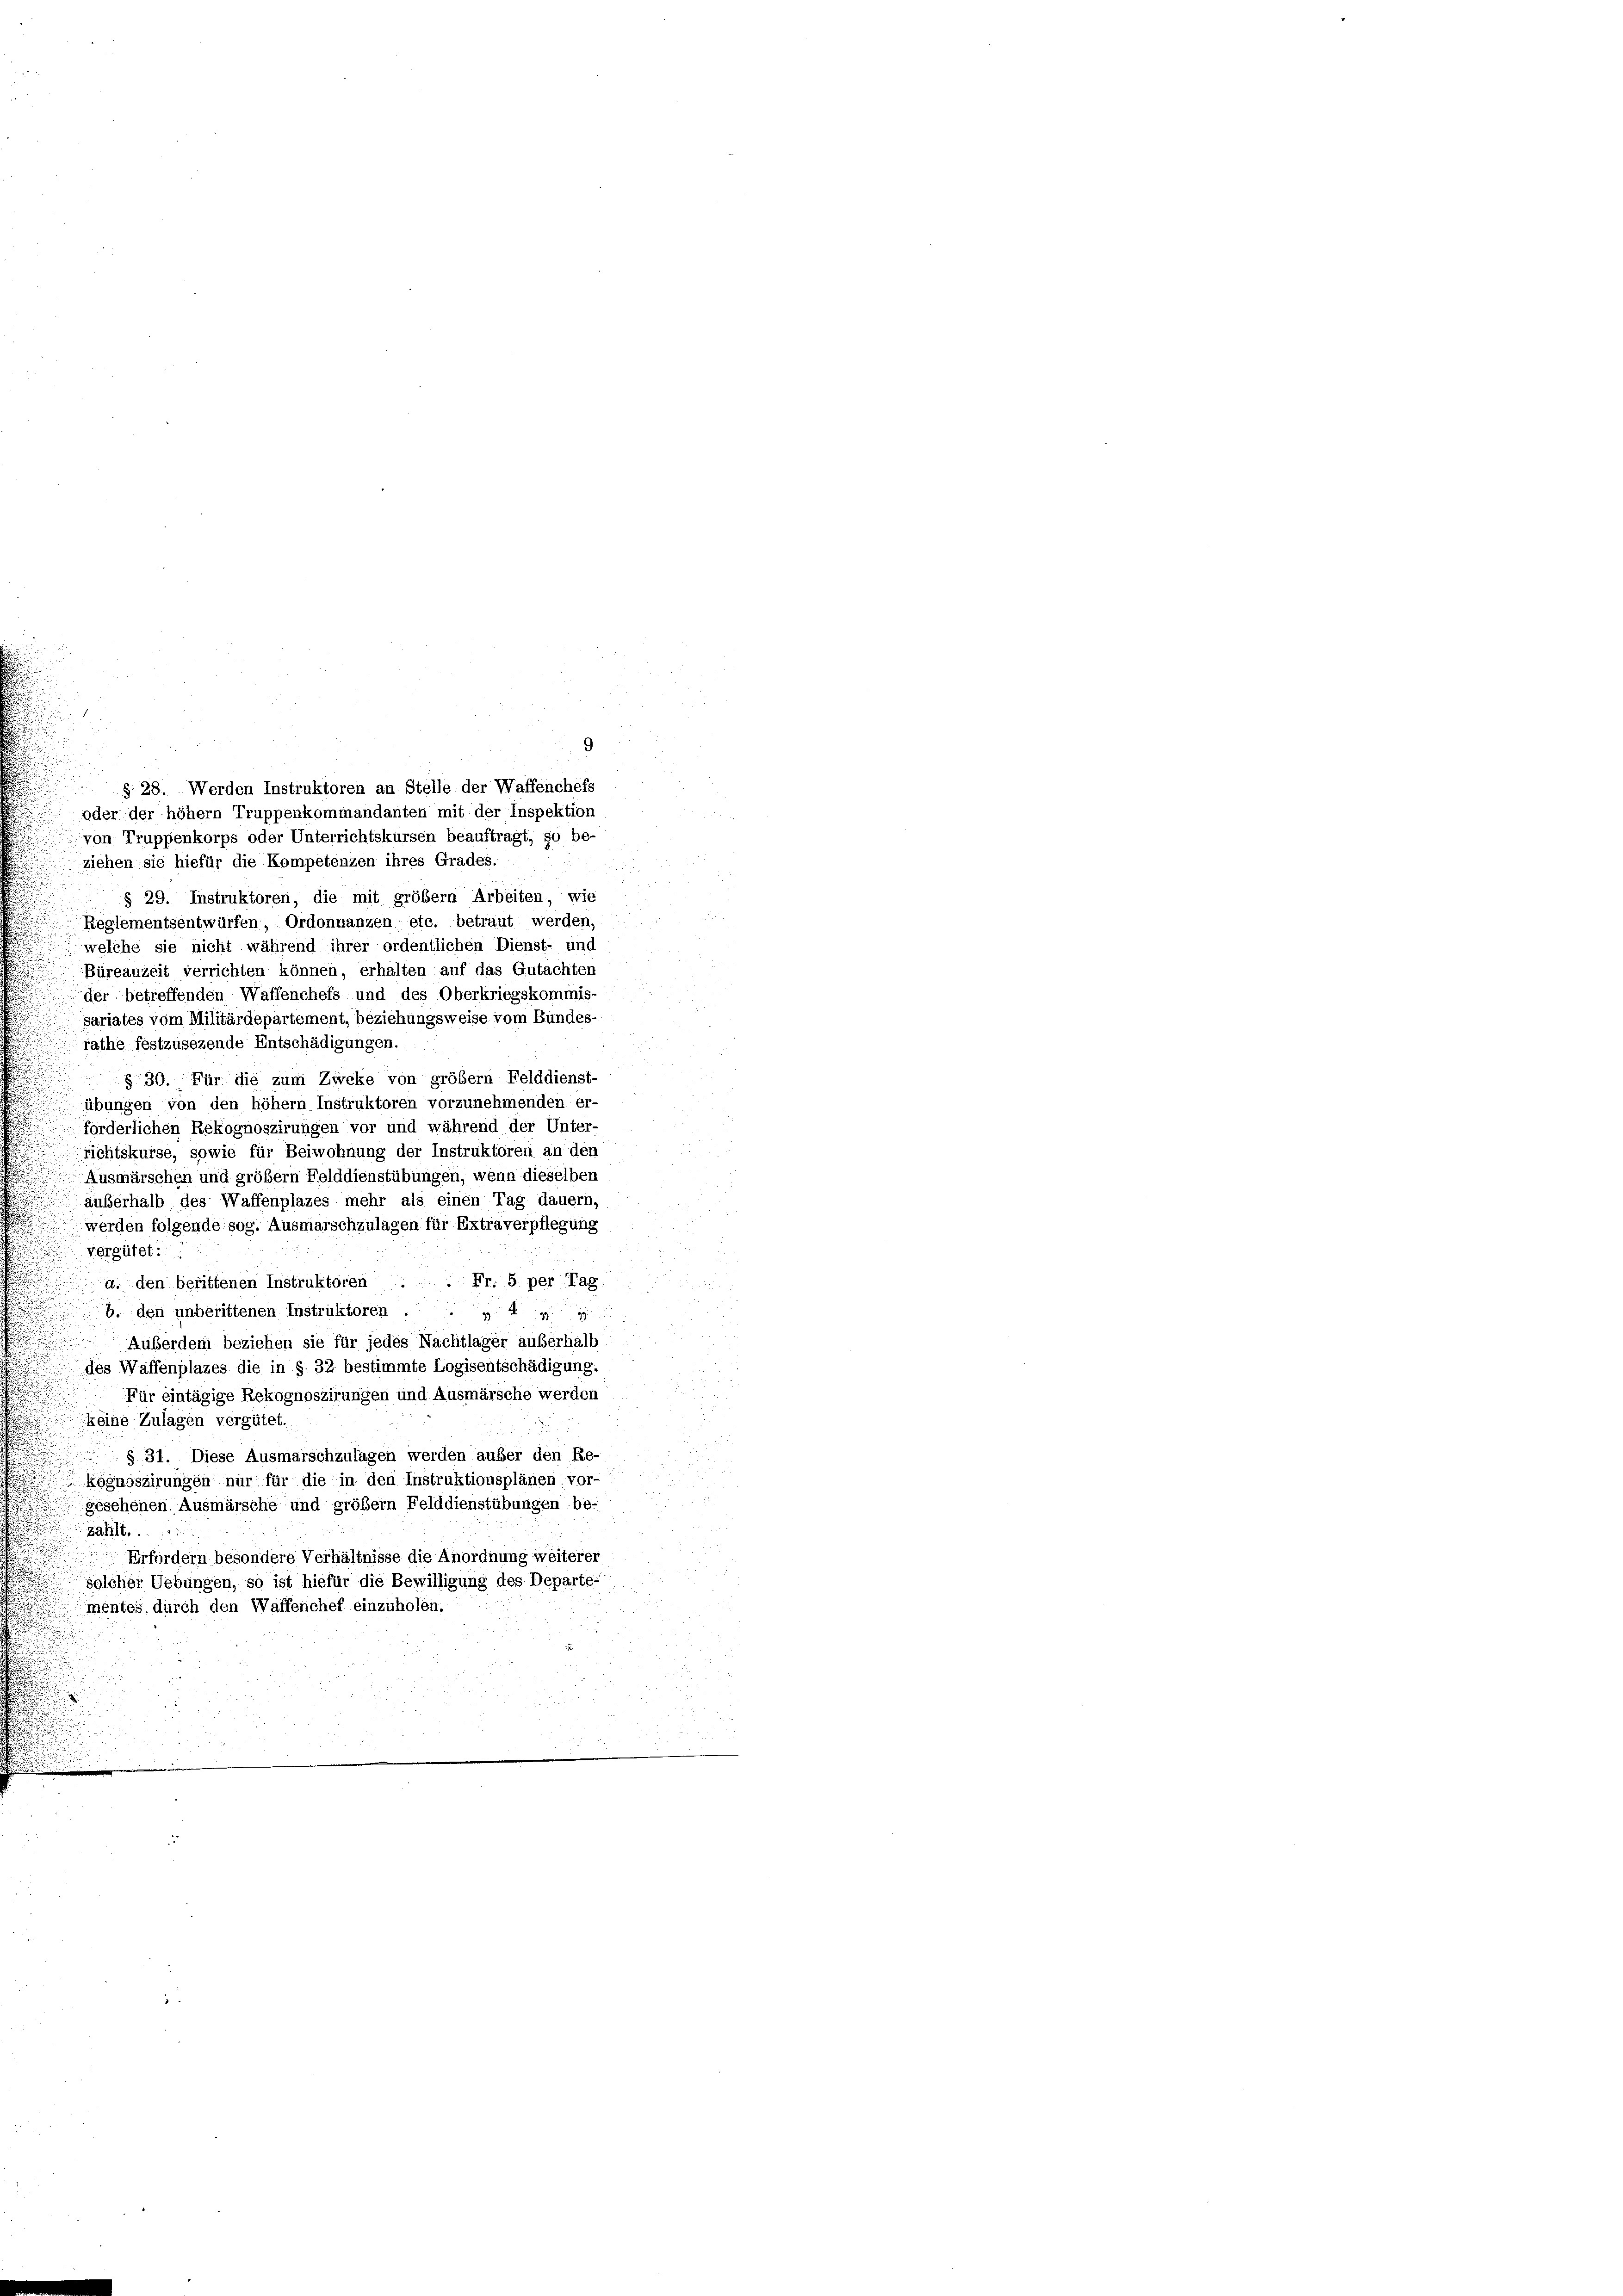
oder der höhem Truppenkommandanten mit der Inspektion
von Truppenkorps oder Unterrichtskursen beauftragt, so be-
ziehen sie hiefür die Kompetenzen ihres Grades.
§ 29. Instruktoren, die mit großem Arbeiten, wie
Reglementsentwürfen, Ordonnanzen etc. betraut werden,
welche sie nicht während ihrer ordentlichen Dienst- und
Büreauzeit verrichten können, erhalten auf das Gutachten
der betreffenden Waffenchefs und des Oberkriegskommis-
sariates vom Militärdepartement, beziehungsweise vom Bundes-
rathe festzusezende Entschädigungen.
§ 30. Für die zum Zweke von größem Felddienst-
u
übungen von den höhem Instruktoren vorzunehmenden er-
forderlichen Rekognoszirungen vor und während der Unter-
richtskurse, sowie für Beiwohnung der Instruktoren an den
Ausmärschen und größem Felddienstübungen, wenn dieselben
außerhalb des Waffenplazes mehr als einen Tag dauern,
d
werden folgende sog. Ausmarschzulagen für Extraverpflegung
vergütet:
a. den berittenen Instruktoren . . Fr. 5. per Tag
b. den unberittenen Instruktoren ... 49
Außerden beziehen sie für jedes Nachtlager außerhalb
des Waffenplazes die in § 32 bestimmte Logisentschädigung.
d
Für eintägige Rekognoszirungen und Ausmärsche werden
keine Zulagen vergütet.
 § 31. Diese Ausmarschzulagen werden aufer den Re-
kognoszirungen nur für die in den Instruktionsplänen vor-
gesehenen Ausmärsche und großem Felddienstübungen be-
zahlt.
Erfordern besondere Verhältnisse die Anordnung weiterer
 solcher Uebungen, so ist hiefür die Bewilligung des Departe-
mentes durch den Waffenchef einzuholen.
n
d
u

9
§ 28. Werden Instruktoren an Stelle der Waffenchefs

.
i